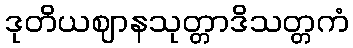
ဒုတိယဈာနသုတ္တာဒိသတ္တကံ